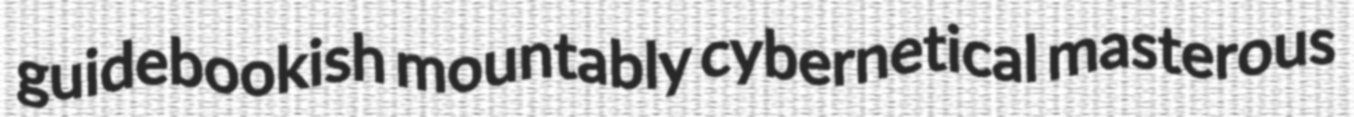
guidebookish mountably cybernetical masterous